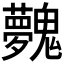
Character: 𩴲